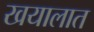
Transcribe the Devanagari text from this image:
खयालात